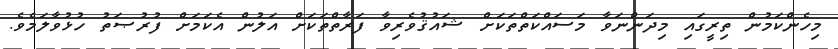
މިހެންކަމުން ތިރީގައި މިދަންނަވާ މަސައްކަތްތަކަށް ޝައުޤުވެރިވާ ފަރާތްތަކަށް އަލުން އެކަމަށް ފުރުޞަތު ހުޅުވާލަމެވެ.